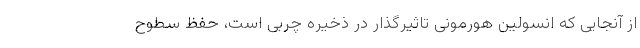
از آنجایی که انسولین هورمونی تاثیرگذار در ذخیره چربی است، حفظ سطوح